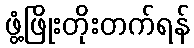
ဖွံ့ဖြိုးတိုးတက်ရန်